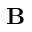
\textbf { B }